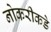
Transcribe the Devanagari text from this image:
नोकरीकडे